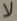
لا